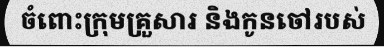
ចំពោះក្រុមគ្រួសារ និងកូនចៅរបស់